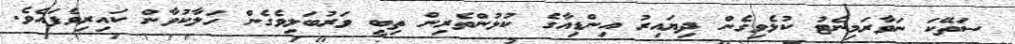
ސަތޭކަ ނަވާރަމިނެޓު ކުޅެވިގެން ދިޔައިރު އިންޑިއާގެ ކުޅުންތެރިން ތިބީ ވަރުބަލިވެގެން ހަލާކުވާން ކައިރިވެފައެވެ.